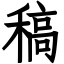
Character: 稿